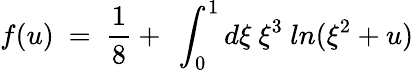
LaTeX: f(u)\ =\ \frac{1}{8}+\ \int_{0}^{1}d\xi\ \xi^{3}\ ln(\xi^{2}+u)